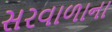
સરવાળાના